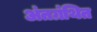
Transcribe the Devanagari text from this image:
अंतग्रंथित